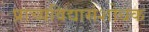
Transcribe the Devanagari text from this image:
प्राच्यविद्यासंशोधक